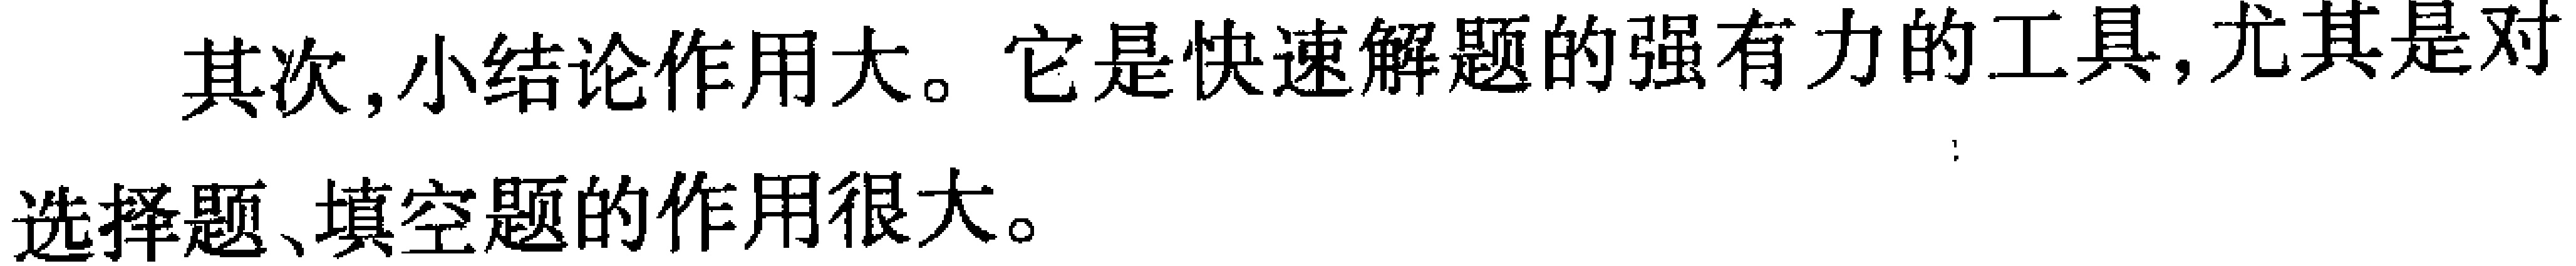
其次,小结论作用大。它是快速解题的强有力的工具,尤其是对选择题、填空题的作用很大。